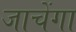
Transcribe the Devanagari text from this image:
जाचेंगा